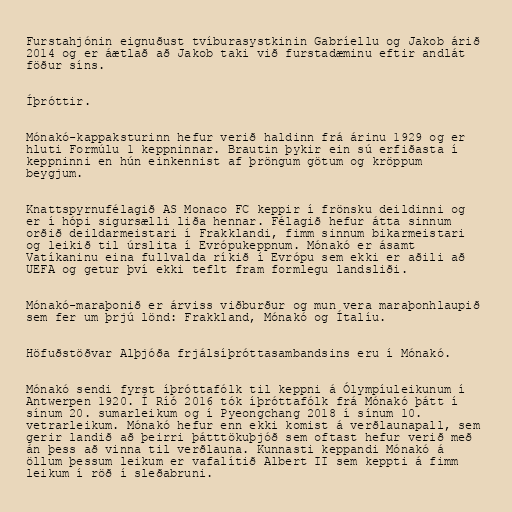
Furstahjónin eignuðust tvíburasystkinin Gabríellu og Jakob árið
2014 og er áætlað að Jakob taki við furstadæminu eftir andlát
föður síns.

Íþróttir.

Mónakó-kappaksturinn hefur verið haldinn frá árinu 1929 og er
hluti Formúlu 1 keppninnar. Brautin þykir ein sú erfiðasta í
keppninni en hún einkennist af þröngum götum og kröppum
beygjum.

Knattspyrnufélagið AS Monaco FC keppir í frönsku deildinni og
er í hópi sigursælli liða hennar. Félagið hefur átta sinnum
orðið deildarmeistari í Frakklandi, fimm sinnum bikarmeistari
og leikið til úrslita í Evrópukeppnum. Mónakó er ásamt
Vatíkaninu eina fullvalda ríkið í Evrópu sem ekki er aðili að
UEFA og getur því ekki teflt fram formlegu landsliði.

Mónakó-maraþonið er árviss viðburður og mun vera maraþonhlaupið
sem fer um þrjú lönd: Frakkland, Mónakó og Ítalíu.

Höfuðstöðvar Alþjóða frjálsíþróttasambandsins eru í Mónakó.

Mónakó sendi fyrst íþróttafólk til keppni á Ólympíuleikunum í
Antwerpen 1920. Í Ríó 2016 tók íþróttafólk frá Mónakó þátt í
sínum 20. sumarleikum og í Pyeongchang 2018 í sínum 10.
vetrarleikum. Mónakó hefur enn ekki komist á verðlaunapall, sem
gerir landið að þeirri þátttökuþjóð sem oftast hefur verið með
án þess að vinna til verðlauna. Kunnasti keppandi Mónakó á
öllum þessum leikum er vafalítið Albert II sem keppti á fimm
leikum í röð í sleðabruni.